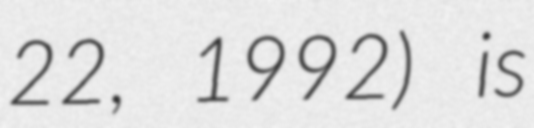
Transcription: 22, 1992) is